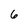
Character: 6